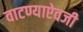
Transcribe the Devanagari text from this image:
वाटण्याऐवजी